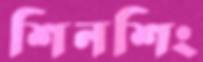
শিনশিং